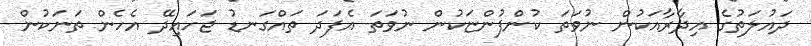
ދައުލަތުގެ އިދާރާއަކުން ނުވަތަ ކުންފުންޏަކުން ނުވަތަ އެފަދަ ތައްގަނޑު ޖަހައިދޭ އެހެން ތަނަކުން